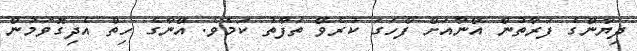
ދިޔާންގެ ފަރާތުން އޭނާއަށް ފާހަގަ ކުރެވޭ ތަފާތު ކަމެވެ. އޭނާގެ ހިތް އެދިގޮވަމުން